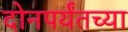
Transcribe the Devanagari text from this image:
दोनपर्यंतच्या